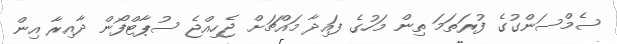
ސެމްސަންގުގެ ފުރަތަމަ ތިން މަހުގެ ފައިދާ މައްޗަށް ޖެހިއްޖެ ސުޕާޓްފޯން ދާއިރާ އިން